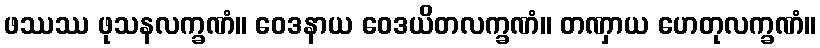
ဖဿဿ ဖုသနလက္ခဏံ။ ဝေဒနာယ ဝေဒယိတလက္ခဏံ။ တဏှာယ ဟေတုလက္ခဏံ။